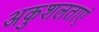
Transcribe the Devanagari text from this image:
अकुशलताएं